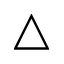
\triangle